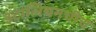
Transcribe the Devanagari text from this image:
इटालियनचीच